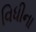
વિધીના